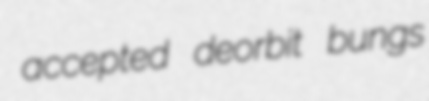
accepted deorbit bungs